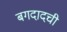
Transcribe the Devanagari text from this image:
बगदादची